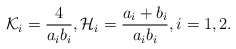
\begin{align*}\mathcal{K}_i=\frac{4}{a_ib_i}, \mathcal{H}_i=\frac{a_i+b_i}{a_ib_i}, i=1,2.\end{align*}